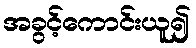
အခွင့်ကောင်းယူ၍